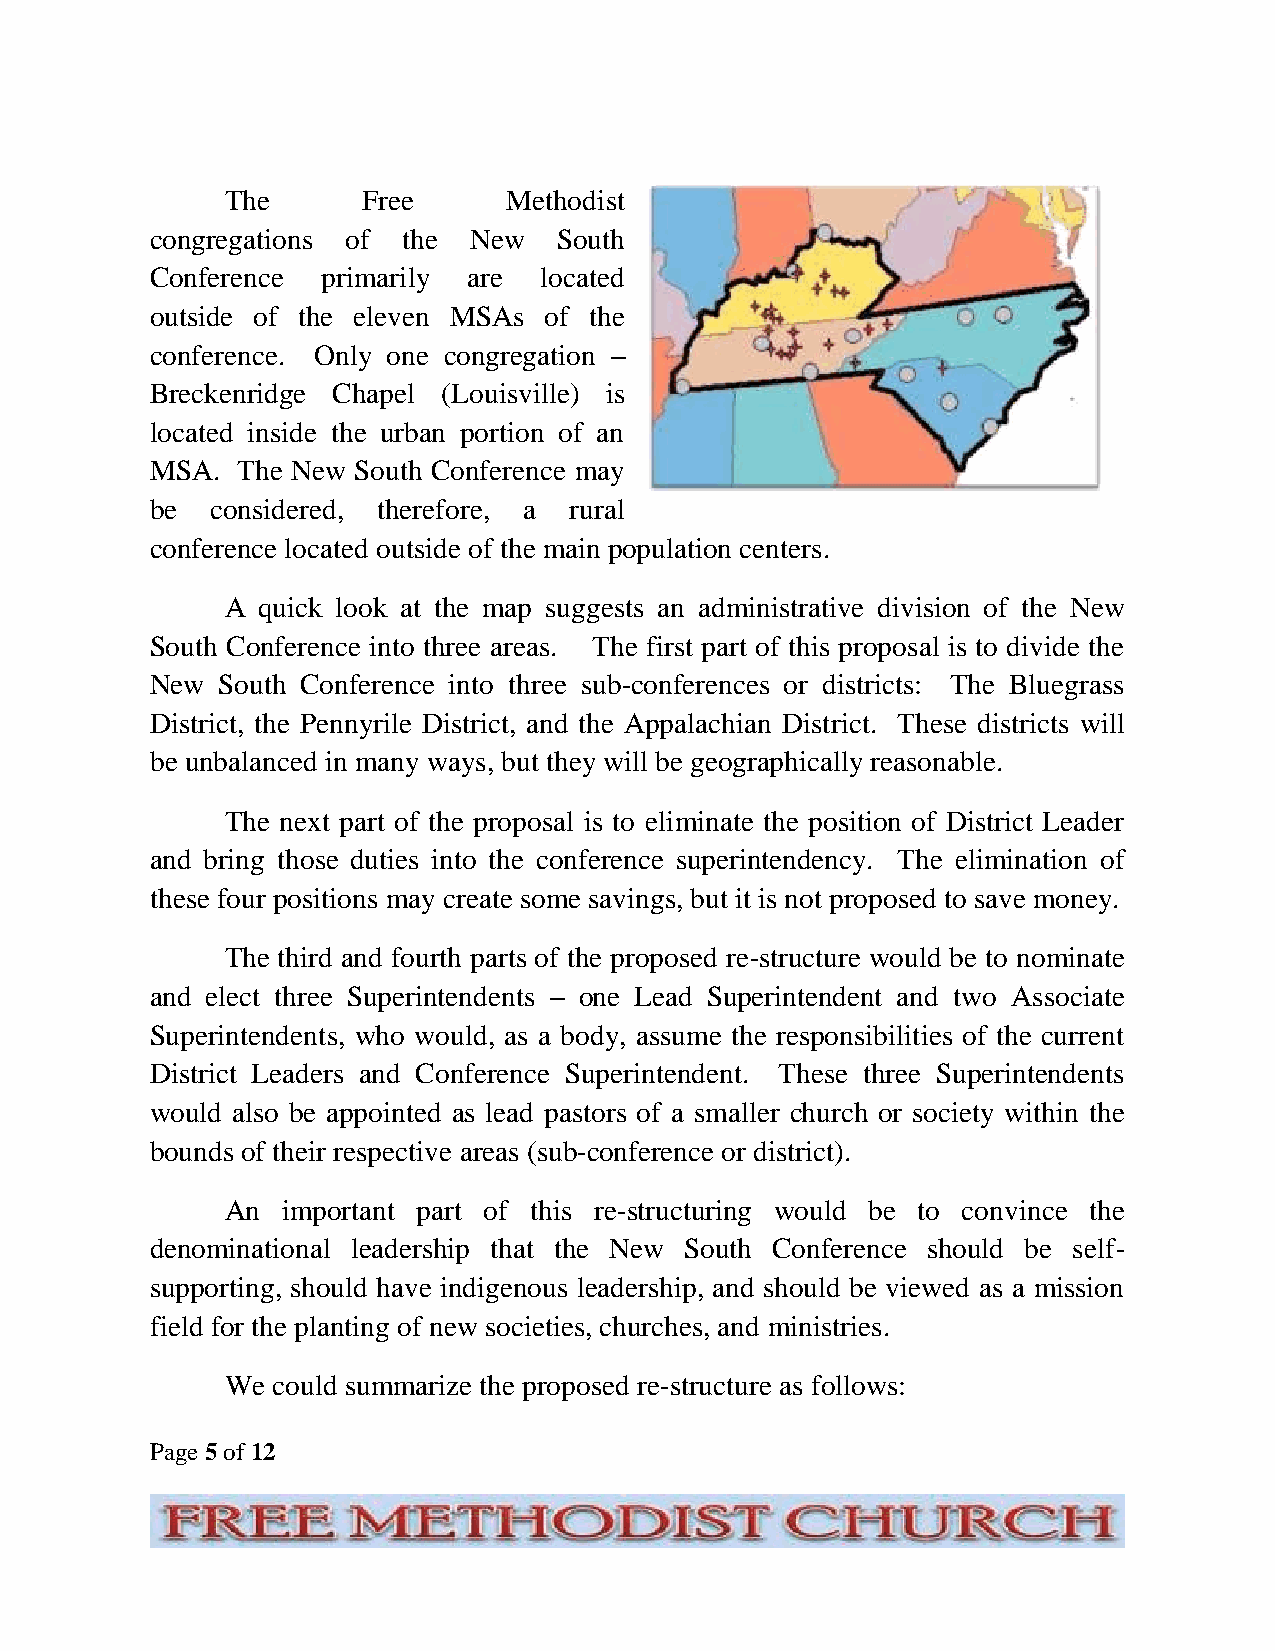
The      Free      Methodist
 congregations of the New   South
 Conference primarily are  located
 outside of the eleven MSAs of the
 conference. Only one congregation –
 Breckenridge Chapel (Louisville) is
 located inside the urban portion of an
 MSA.  The New South Conference may
 be  considered, therefore, a rural
 conference located outside of the main population centers.
 A quick look at the map suggests an administrative division of the New
 South Conference into three areas. The first part of this proposal is to divide the
 New  South Conference into three sub-conferences or districts: The Bluegrass
 District, the Pennyrile District, and the Appalachian District. These districts will
 be unbalanced in many ways, but they will be geographically reasonable.
 The next part of the proposal is to eliminate the position of District Leader
 and bring those duties into the conference superintendency. The elimination of
 these four positions may create some savings, but it is not proposed to save money.
 The third and fourth parts of the proposed re-structure would be to nominate
 and elect three Superintendents – one Lead Superintendent and two Associate
 Superintendents, who would, as a body, assume the responsibilities of the current
 District Leaders and Conference Superintendent. These three Superintendents
 would also be appointed as lead pastors of a smaller church or society within the
 bounds of their respective areas (sub-conference or district).
 An  important part of this re-structuring would be to convince the
 denominational leadership that the New South Conference should be self-
 supporting, should have indigenous leadership, and should be viewed as a mission
 field for the planting of new societies, churches, and ministries.
 We could summarize the proposed re-structure as follows:
 Page 5 of 12